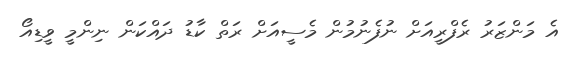
އެ މަންޒަރު ރެފްރީއަށް ނުފެނުމުން މެސީއަށް ރަތް ކާޑު ދައްކަން ނިންމީ ވީޑިއޯ